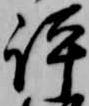
評